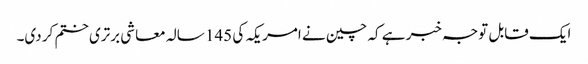
ایک قابل توجہ خبر ہے کہ چین نے امریکہ کی 145 سالہ معاشی برتری ختم کر دی۔